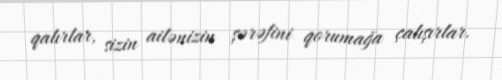
qalırlar, sizin ailənizin şərəfini qorumağa çalışırlar.